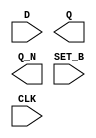
/**
 * Copyright 2020 The SkyWater PDK Authors
 *
 * Licensed under the Apache License, Version 2.0 (the "License");
 * you may not use this file except in compliance with the License.
 * You may obtain a copy of the License at
 *
 *     https://www.apache.org/licenses/LICENSE-2.0
 *
 * Unless required by applicable law or agreed to in writing, software
 * distributed under the License is distributed on an "AS IS" BASIS,
 * WITHOUT WARRANTIES OR CONDITIONS OF ANY KIND, either express or implied.
 * See the License for the specific language governing permissions and
 * limitations under the License.
 *
 * SPDX-License-Identifier: Apache-2.0
 */

`ifndef SKY130_FD_SC_LP__DFSBP_SYMBOL_V
`define SKY130_FD_SC_LP__DFSBP_SYMBOL_V

/**
 * dfsbp: Delay flop, inverted set, complementary outputs.
 *
 * Verilog stub (without power pins) for graphical symbol definition
 * generation.
 *
 * WARNING: This file is autogenerated, do not modify directly!
 */

`timescale 1ns / 1ps
`default_nettype none

(* blackbox *)
module sky130_fd_sc_lp__dfsbp (
    //# {{data|Data Signals}}
    input  D    ,
    output Q    ,
    output Q_N  ,

    //# {{control|Control Signals}}
    input  SET_B,

    //# {{clocks|Clocking}}
    input  CLK
);

    // Voltage supply signals
    supply1 VPWR;
    supply0 VGND;
    supply1 VPB ;
    supply0 VNB ;

endmodule

`default_nettype wire
`endif  // SKY130_FD_SC_LP__DFSBP_SYMBOL_V